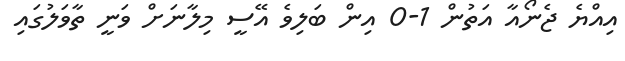
އިއްޔެ ޖެނޯއާ އަތުން 1-0 އިން ބަލިވެ އޭސީ މިލާނަށް ވަނީ ތާވަލުގައި